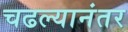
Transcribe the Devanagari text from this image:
चढल्यानंतर